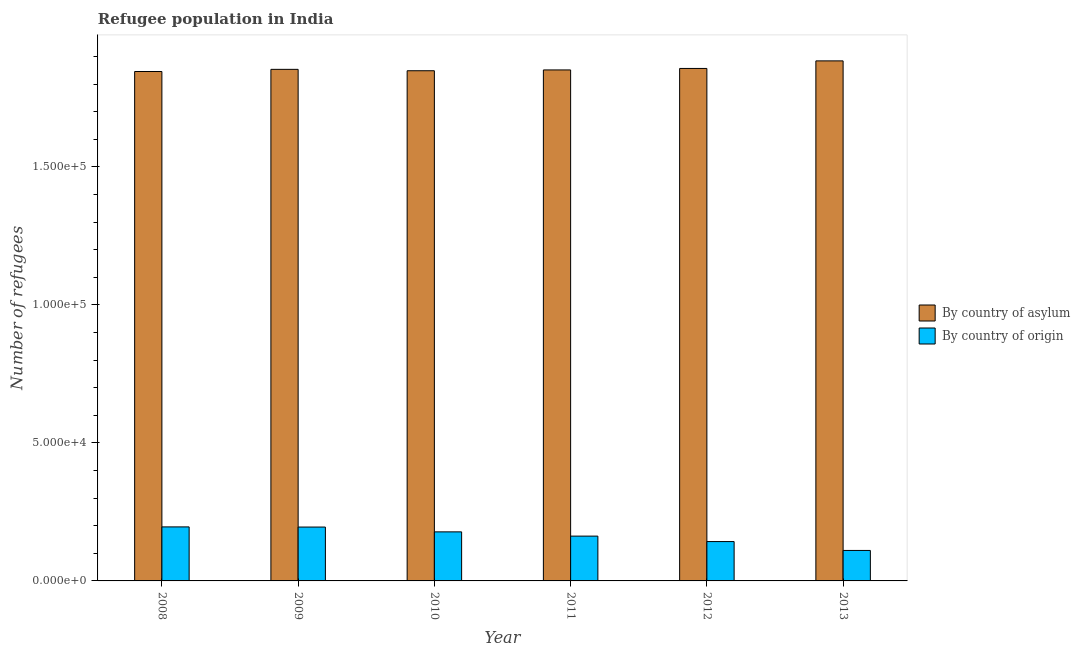
| Year | By country of asylum | By country of origin |
 | --- | --- | --- |
 | 2008 | 1.85e+05 | 1.96e+04 |
 | 2009 | 1.85e+05 | 1.95e+04 |
 | 2010 | 1.85e+05 | 1.78e+04 |
 | 2011 | 1.85e+05 | 1.62e+04 |
 | 2012 | 1.86e+05 | 1.43e+04 |
 | 2013 | 1.88e+05 | 1.1e+04 |